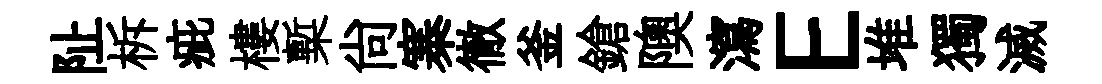
阯柝疵樓槧尚寨徹釜鎗隩瀉E堆獨滅